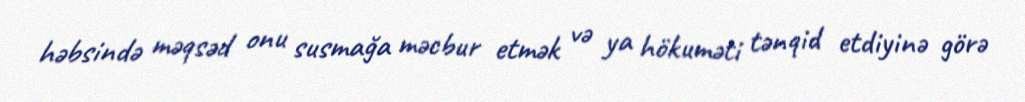
həbsində məqsəd onu susmağa məcbur etmək və ya hökuməti tənqid etdiyinə görə